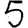
Digit: 5